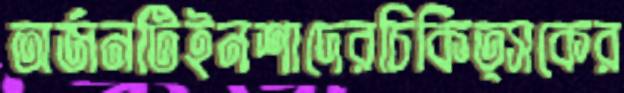
অর্জনটিইনশাদেরচিকিত্সকের